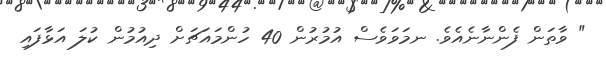
" ވާތަން ފެންނާނެއެވެ. ނމަވަވެސް އުމުރުން 40 ހުންމައަޗަށް ދިއުމުން ކުލަ އަޅާފައި